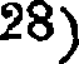
28)